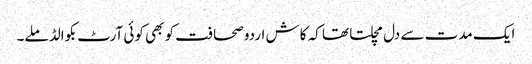
ایک مدت سے دل مچلتا تھا کہ کاش اردو صحافت کو بھی کوئی آرٹ بکوالڈ ملے۔